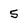
Character: 5